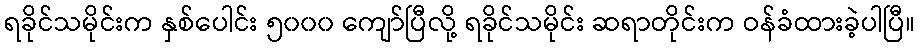
ရခိုင်သမိုင်းက နှစ်ပေါင်း ၅၀၀၀ ကျော်ပြီလို့ ရခိုင်သမိုင်း ဆရာတိုင်းက ဝန်ခံထားခဲ့ပါပြီ။